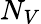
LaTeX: N_{V}